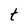
Character: t